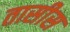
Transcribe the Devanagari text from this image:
तासीस